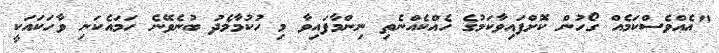
"އެއްވެސްކަމެއް ގޯހުން ކޮށްފައިވާކަމުގެ ހެއްކެއްނެތި ނިންމާފައިވާ މި ހުކުމާމެދު ބުނެވޭނެ ހަމައެކަނި ވާހަކައަކީ